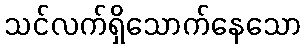
သင်လက်ရှိသောက်နေသော